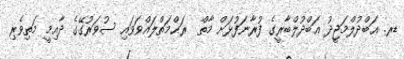
ޑރ. ޢަބްދުލްމަޖީދު ޢަބްދުލްބާރީގެ ފުރާނަފުޅަށް މާތް  ރަޙްމަތްލައްވަވައި ސުވަރުގޭގެ ދާއިމީ މަތިވެރި